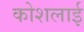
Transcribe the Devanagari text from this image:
कोशलाई